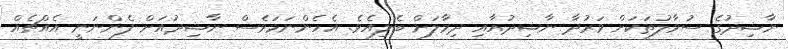
ނާޝިދުގެ ސުވާލުތަކަށް ވަރުދާ ނާޝިދުއާއި ދިމާލަށް ބެލިއެވެ. އެހެންނަމަވެސް ނާޝިދުއަށް ފެންނަނީ އެއްޗެއް